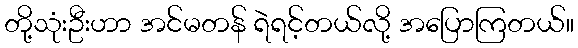
တို့သုံးဦးဟာ အင်မတန် ရဲရင့်တယ်လို့ အပြောကြတယ်။